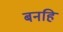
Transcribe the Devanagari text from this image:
बनहि